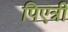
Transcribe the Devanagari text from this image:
पिएत्री